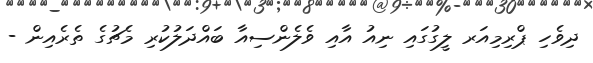
ދިވެހި ޕްރިމިއަރ ލީގުގައި ނިއު އާއި ވެލެންސިއާ ބައްދަލުކުރި މެޗުގެ ތެރެއިން -